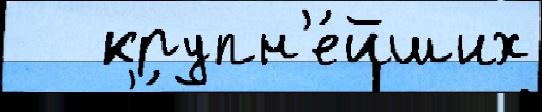
   крупн'е́йших